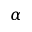
\alpha